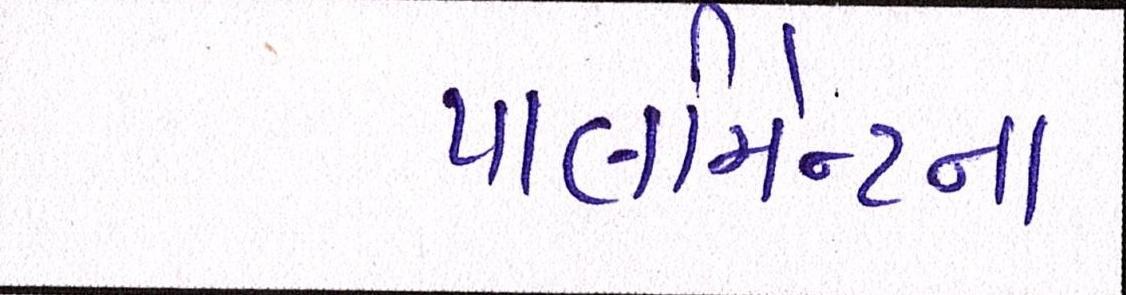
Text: પાર્લામેન્ટના